65_HS1-101634279_100-DE-26505
Agency: FBI
Incident date: 11/7/57
Incident location: Germany
Page 7
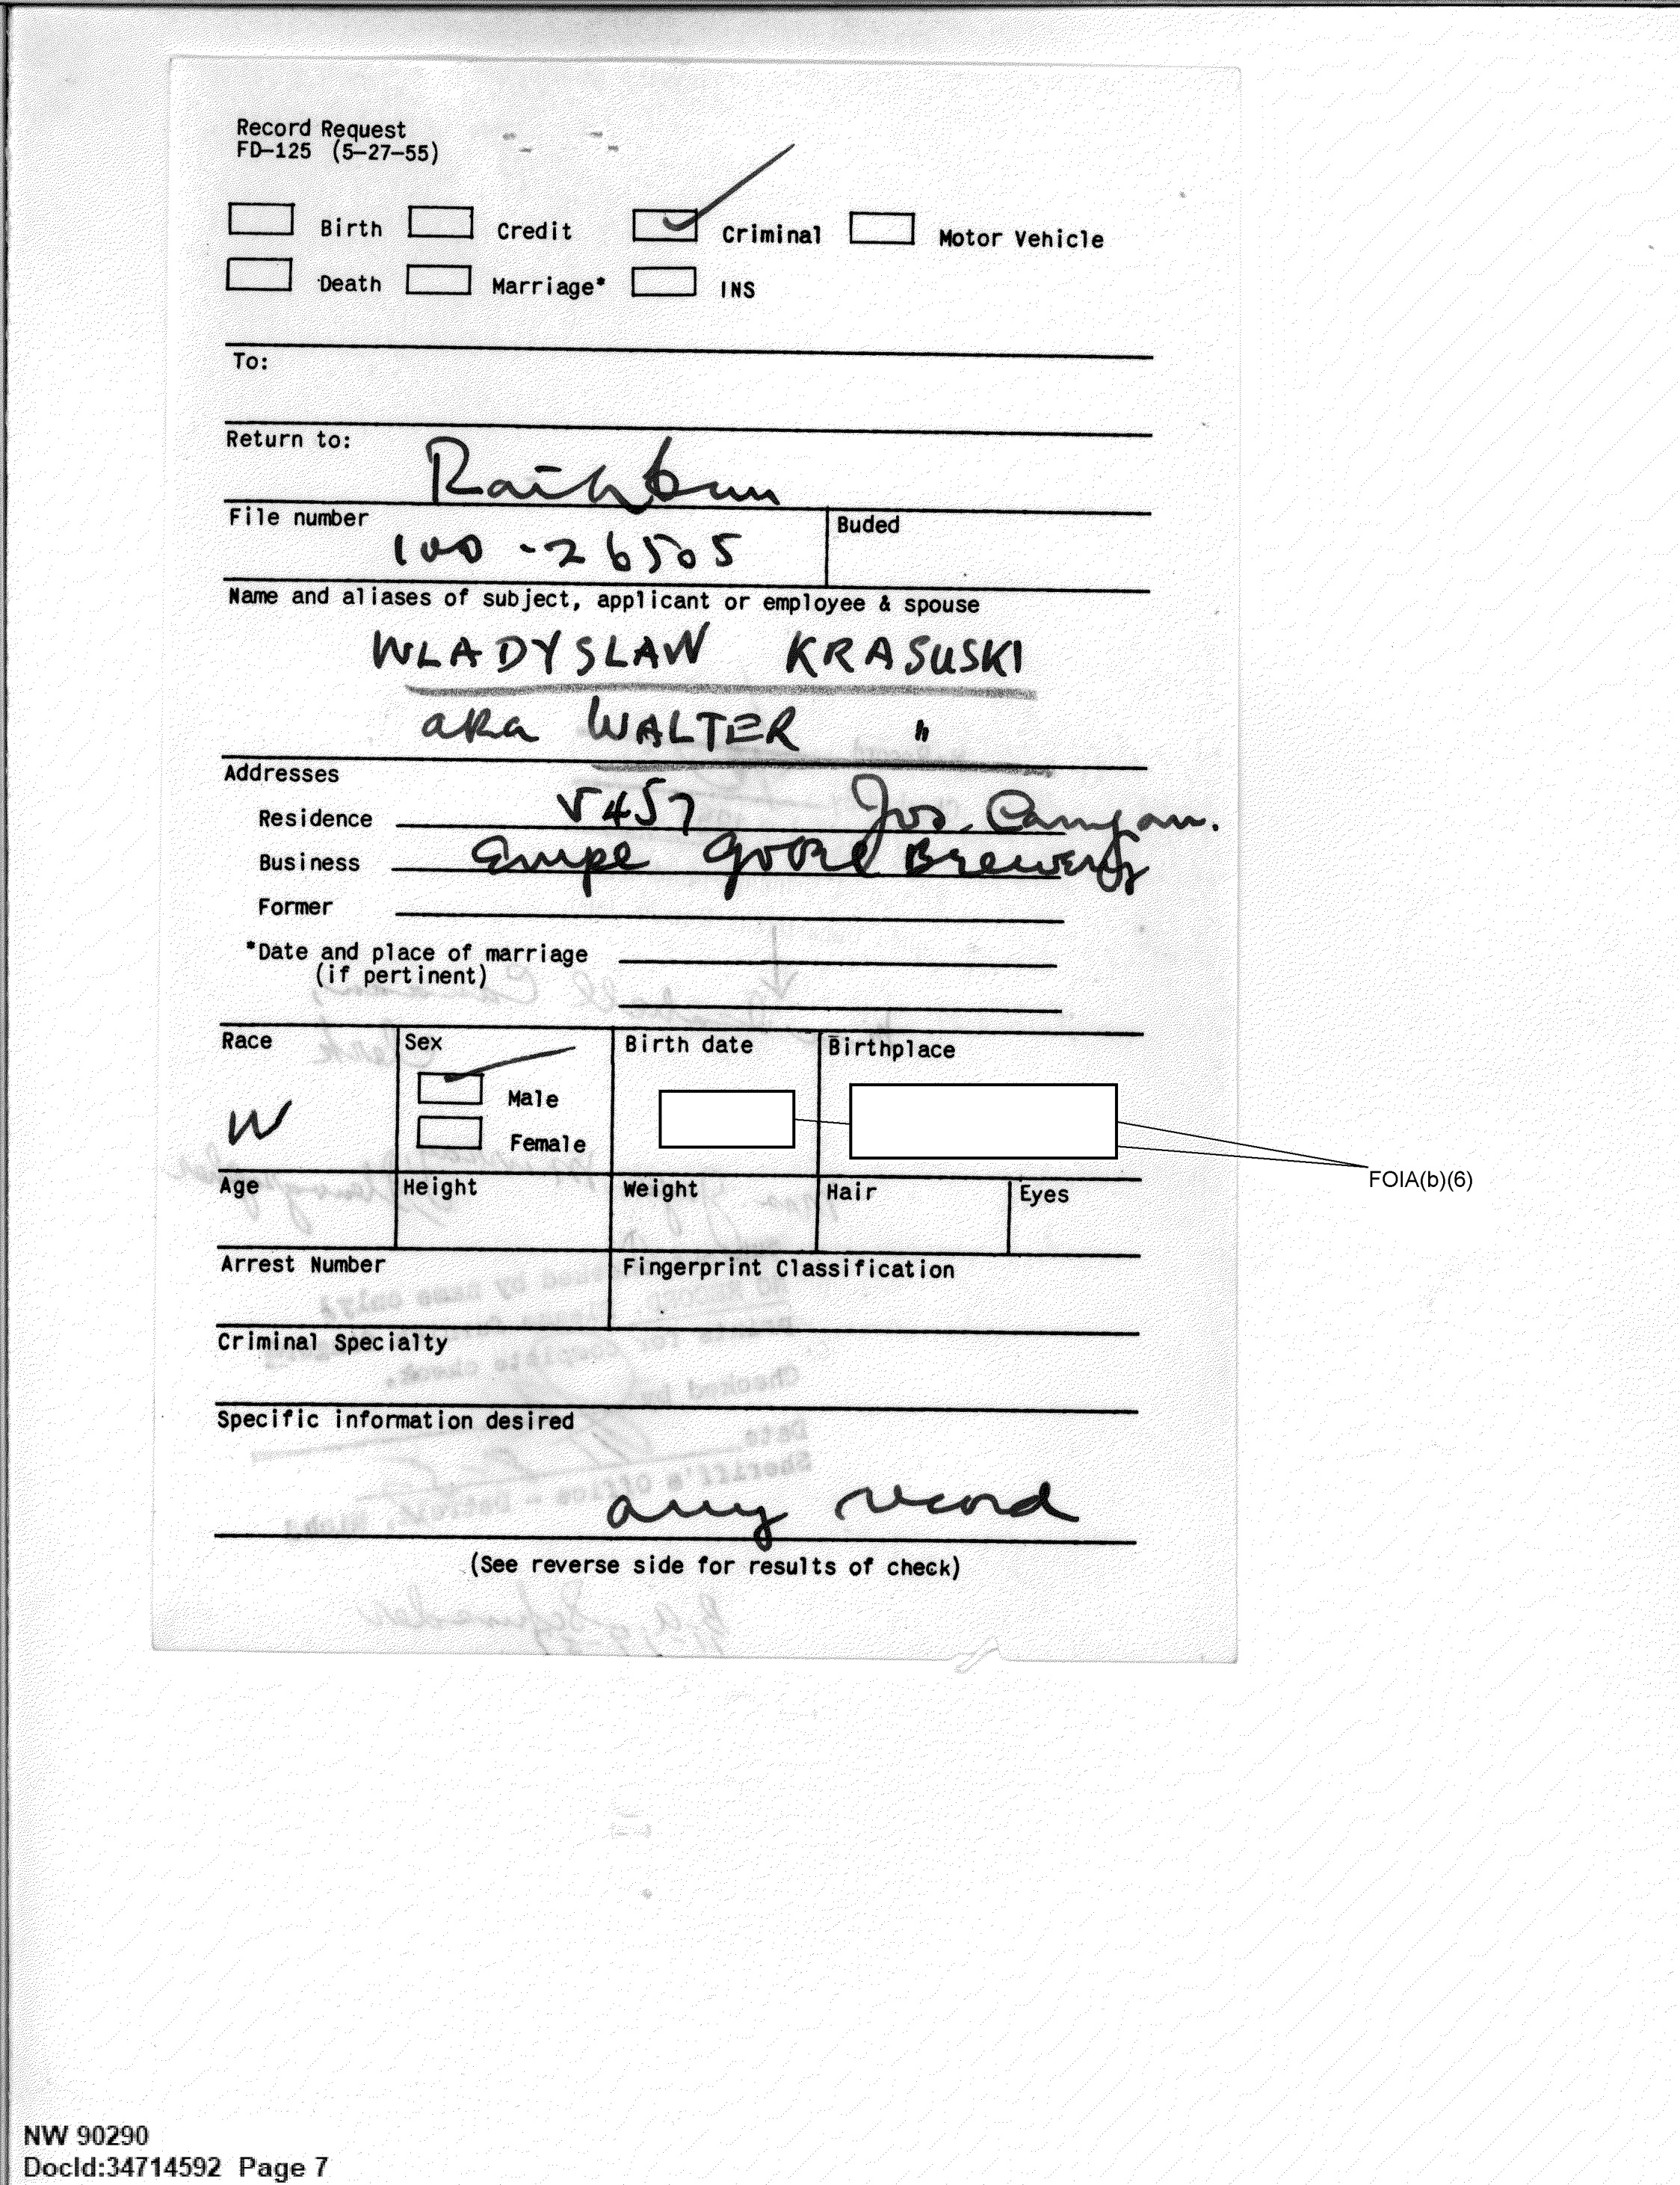